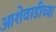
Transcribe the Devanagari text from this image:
आशेवाडीच्या